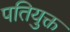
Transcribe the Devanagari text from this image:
पतियुक्त